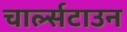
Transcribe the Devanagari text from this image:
चार्ल्सटाउन